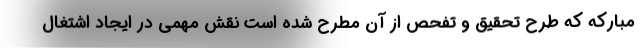
مبارکه که طرح تحقیق و تفحص از آن مطرح شده است نقش مهمی در ایجاد اشتغال